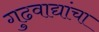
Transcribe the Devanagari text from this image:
गुढवाद्यांचा